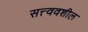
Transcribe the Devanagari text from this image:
सत्त्ववशील